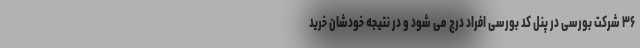
۳۶ شرکت بورسی در پنل کد بورسی افراد درج می شود و در نتیجه خودشان خرید